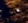
مثل